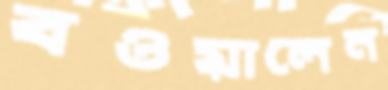
বওয়ালেন